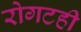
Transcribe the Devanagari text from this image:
रोगटही